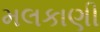
મલકાણી